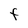
Character: F